Indian journal of veterinary science and animal husbandry - Volumes 26-27, 1956-1957
Year: 1956
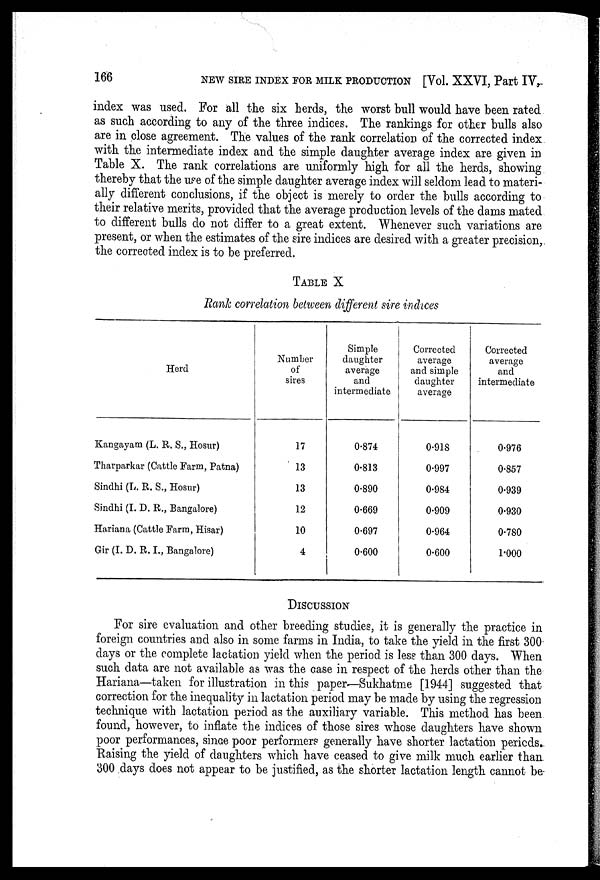
166 NEW SIRE INDEX FOR MILK PRODUCTION [Vol. XXVI, Part IV,
index was used. For all the six herds, the worst bull would have been rated
as such according to any of the three indices. The rankings for other bulls also
are in close agreement. The values of the rank correlation of the corrected index
with the intermediate index and the simple daughter average index are given in
Table X. The rank correlations are uniformly high for all the herds, showing
thereby that the use of the simple daughter average index will seldom lead to materi-
ally different conclusions, if the object is merely to order the bulls according to
their relative merits, provided that the average production levels of the dams mated
to different bulls do not differ to a great extent. Whenever such variations are
present, or when the estimates of the sire indices are desired with a greater precision,
the corrected index is to be preferred.
TABLE X
Rank correlation between different sire indices
Herd
Kangayam (L. R. S., Hosur)
Tharparkar (Cattle Farm, Patna)
Sindhi (L. R. S., Hosur)
Sindhi (I. D. R., Bangalore)
Hariana (Cattle Farm, Hisar)
Gir (I. D. R. I., Bangalore)
Number
of
sires
17
13
13
12
10
4
Simple
daughter
average
and
intermediate
0.874
0.813
0.890
0.669
0.697
0.600
Corrected
average
and simple
daughter
average
0.918
0.997
0.984
0.909
0.964
0.600
Corrected
average
and
intermediate
0.976
0.857
0.939
0.930
0.780
1.000
DISCUSSION
For sire evaluation and other breeding studies, it is generally the practice in
foreign countries and also in some farms in India, to take the yield in the first 300
days or the complete lactation yield when the period is less than 300 days. When
such data are not available as was the case in respect of the herds other than the
Hariana—taken for illustration in this paper—Sukhatme [1944] suggested that
correction for the inequality in lactation period may be made by using the regression
technique with lactation period as the auxiliary variable. This method has been
found, however, to inflate the indices of those sires whose daughters have shown
poor performances, since poor performers generally have shorter lactation periods.
Raising the yield of daughters which have ceased to give milk much earlier than
300 days does not appear to be justified, as the shorter lactation length cannot be-